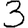
Digit: 3